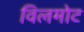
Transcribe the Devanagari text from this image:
विलमोट